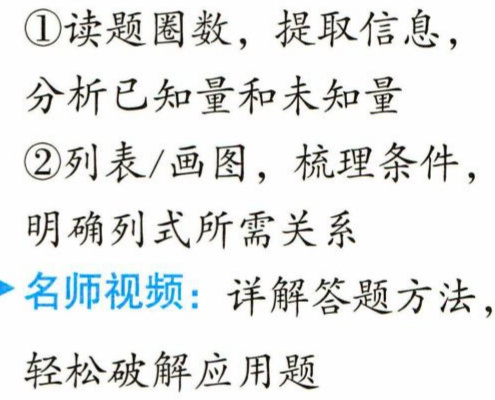
\textcircled{1}读题圈数，提取信息，

分析已知量和未知量

\textcircled{2}列表/画图，梳理条件，

明确列式所需关系

→名师视频：详解答题方法，

轻松破解应用题